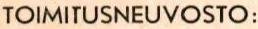
TOIMITUSNEUVOSTO: